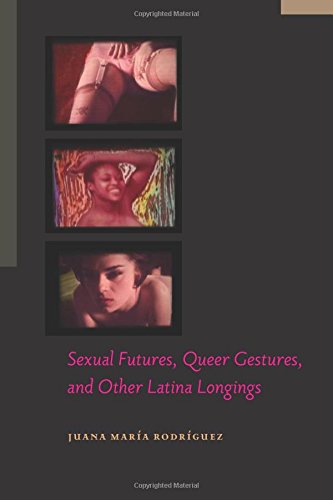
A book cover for Sexual Futures, Queer Gestures, and Other Latina Longings (Sexual Cultures); Juana Maria Rodriguez; Gay & Lesbian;